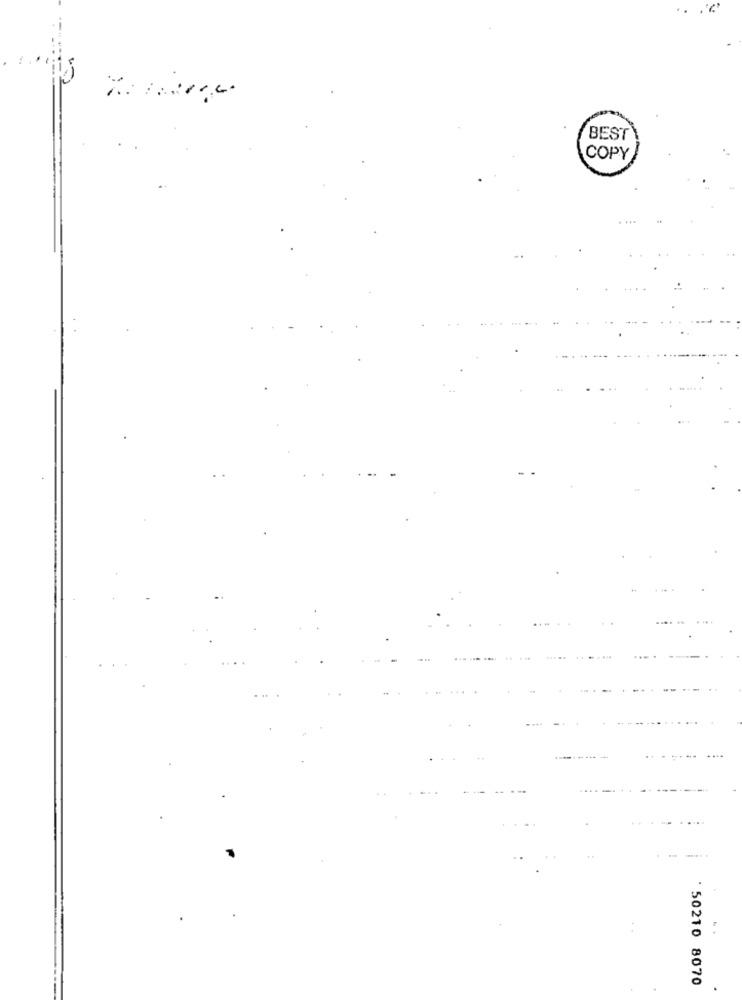
BEST
COPY
' 50210 8070